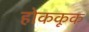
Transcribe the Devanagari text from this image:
होककूक